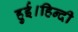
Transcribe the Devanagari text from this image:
हुई।हिन्दी